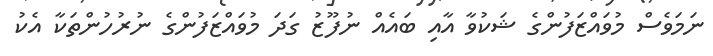
ނަމަވެސް މުވައްޒަފުންގެ ޝަކުވާ އާއި ބައެއް ނުފޫޒު ގަދަ މުވައްޒަފުންގެ ނުރުހުންތަކާ އެކު